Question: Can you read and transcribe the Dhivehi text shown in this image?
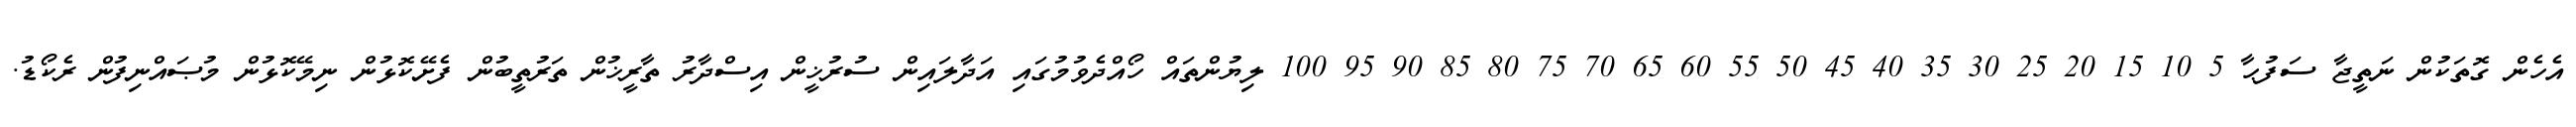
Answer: އެހެން ގޮތަކުން ނަތީޖާ ސަފުޙާ 5 10 15 20 25 30 35 40 45 50 55 60 65 70 75 80 85 90 95 100 ލިޔުންތައް ހޯއްދެވުމުގައި އަދާލައިން ސުރުޚީން އިސްދާރު ތާރީޚުން ތަރުތީބުން ފެށޭކޮޅުން ނިމޭކޮޅުން މުޞައްނިފުން ރެކޯޑު.